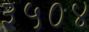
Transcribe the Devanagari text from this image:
३५०४